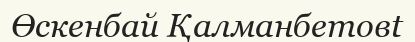
Өскенбай Қалманбетовt